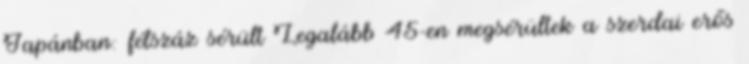
Japánban: félszáz sérült Legalább 45-en megsérültek a szerdai erős